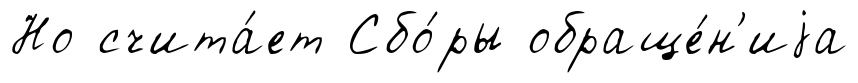
Но счита́ет Сбо́ры обраще́н'иjа